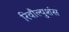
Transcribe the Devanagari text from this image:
रिवौल्युशंस